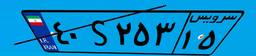
۴۶S۹۸۶۷۲